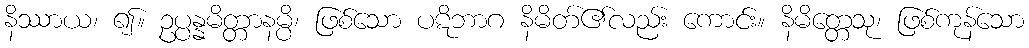
နိဿာယ၊ ၍။ ဥပ္ပန္နမိတ္တာနမ္ပိ၊ ဖြစ်သော ပဋိဘာဂ နိမိတ်၏လည်း ကောင်း။ နိမိတ္တေသု၊ ဖြစ်ကုန်သော